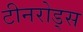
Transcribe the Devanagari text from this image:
टीनरोड्स